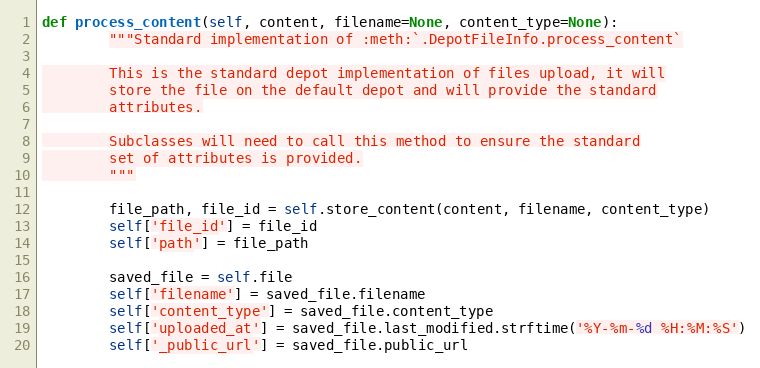
Language: Python
def process_content(self, content, filename=None, content_type=None):
        """Standard implementation of :meth:`.DepotFileInfo.process_content`

        This is the standard depot implementation of files upload, it will
        store the file on the default depot and will provide the standard
        attributes.

        Subclasses will need to call this method to ensure the standard
        set of attributes is provided.
        """

        file_path, file_id = self.store_content(content, filename, content_type)
        self['file_id'] = file_id
        self['path'] = file_path

        saved_file = self.file
        self['filename'] = saved_file.filename
        self['content_type'] = saved_file.content_type
        self['uploaded_at'] = saved_file.last_modified.strftime('%Y-%m-%d %H:%M:%S')
        self['_public_url'] = saved_file.public_url